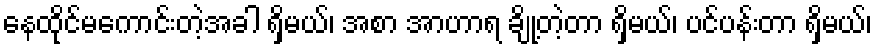
နေထိုင်မကောင်းတဲ့အခါ ရှိမယ်၊ အစာ အာဟာရ ချို့တဲ့တာ ရှိမယ်၊ ပင်ပန်းတာ ရှိမယ်၊